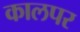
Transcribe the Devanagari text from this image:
कालपर